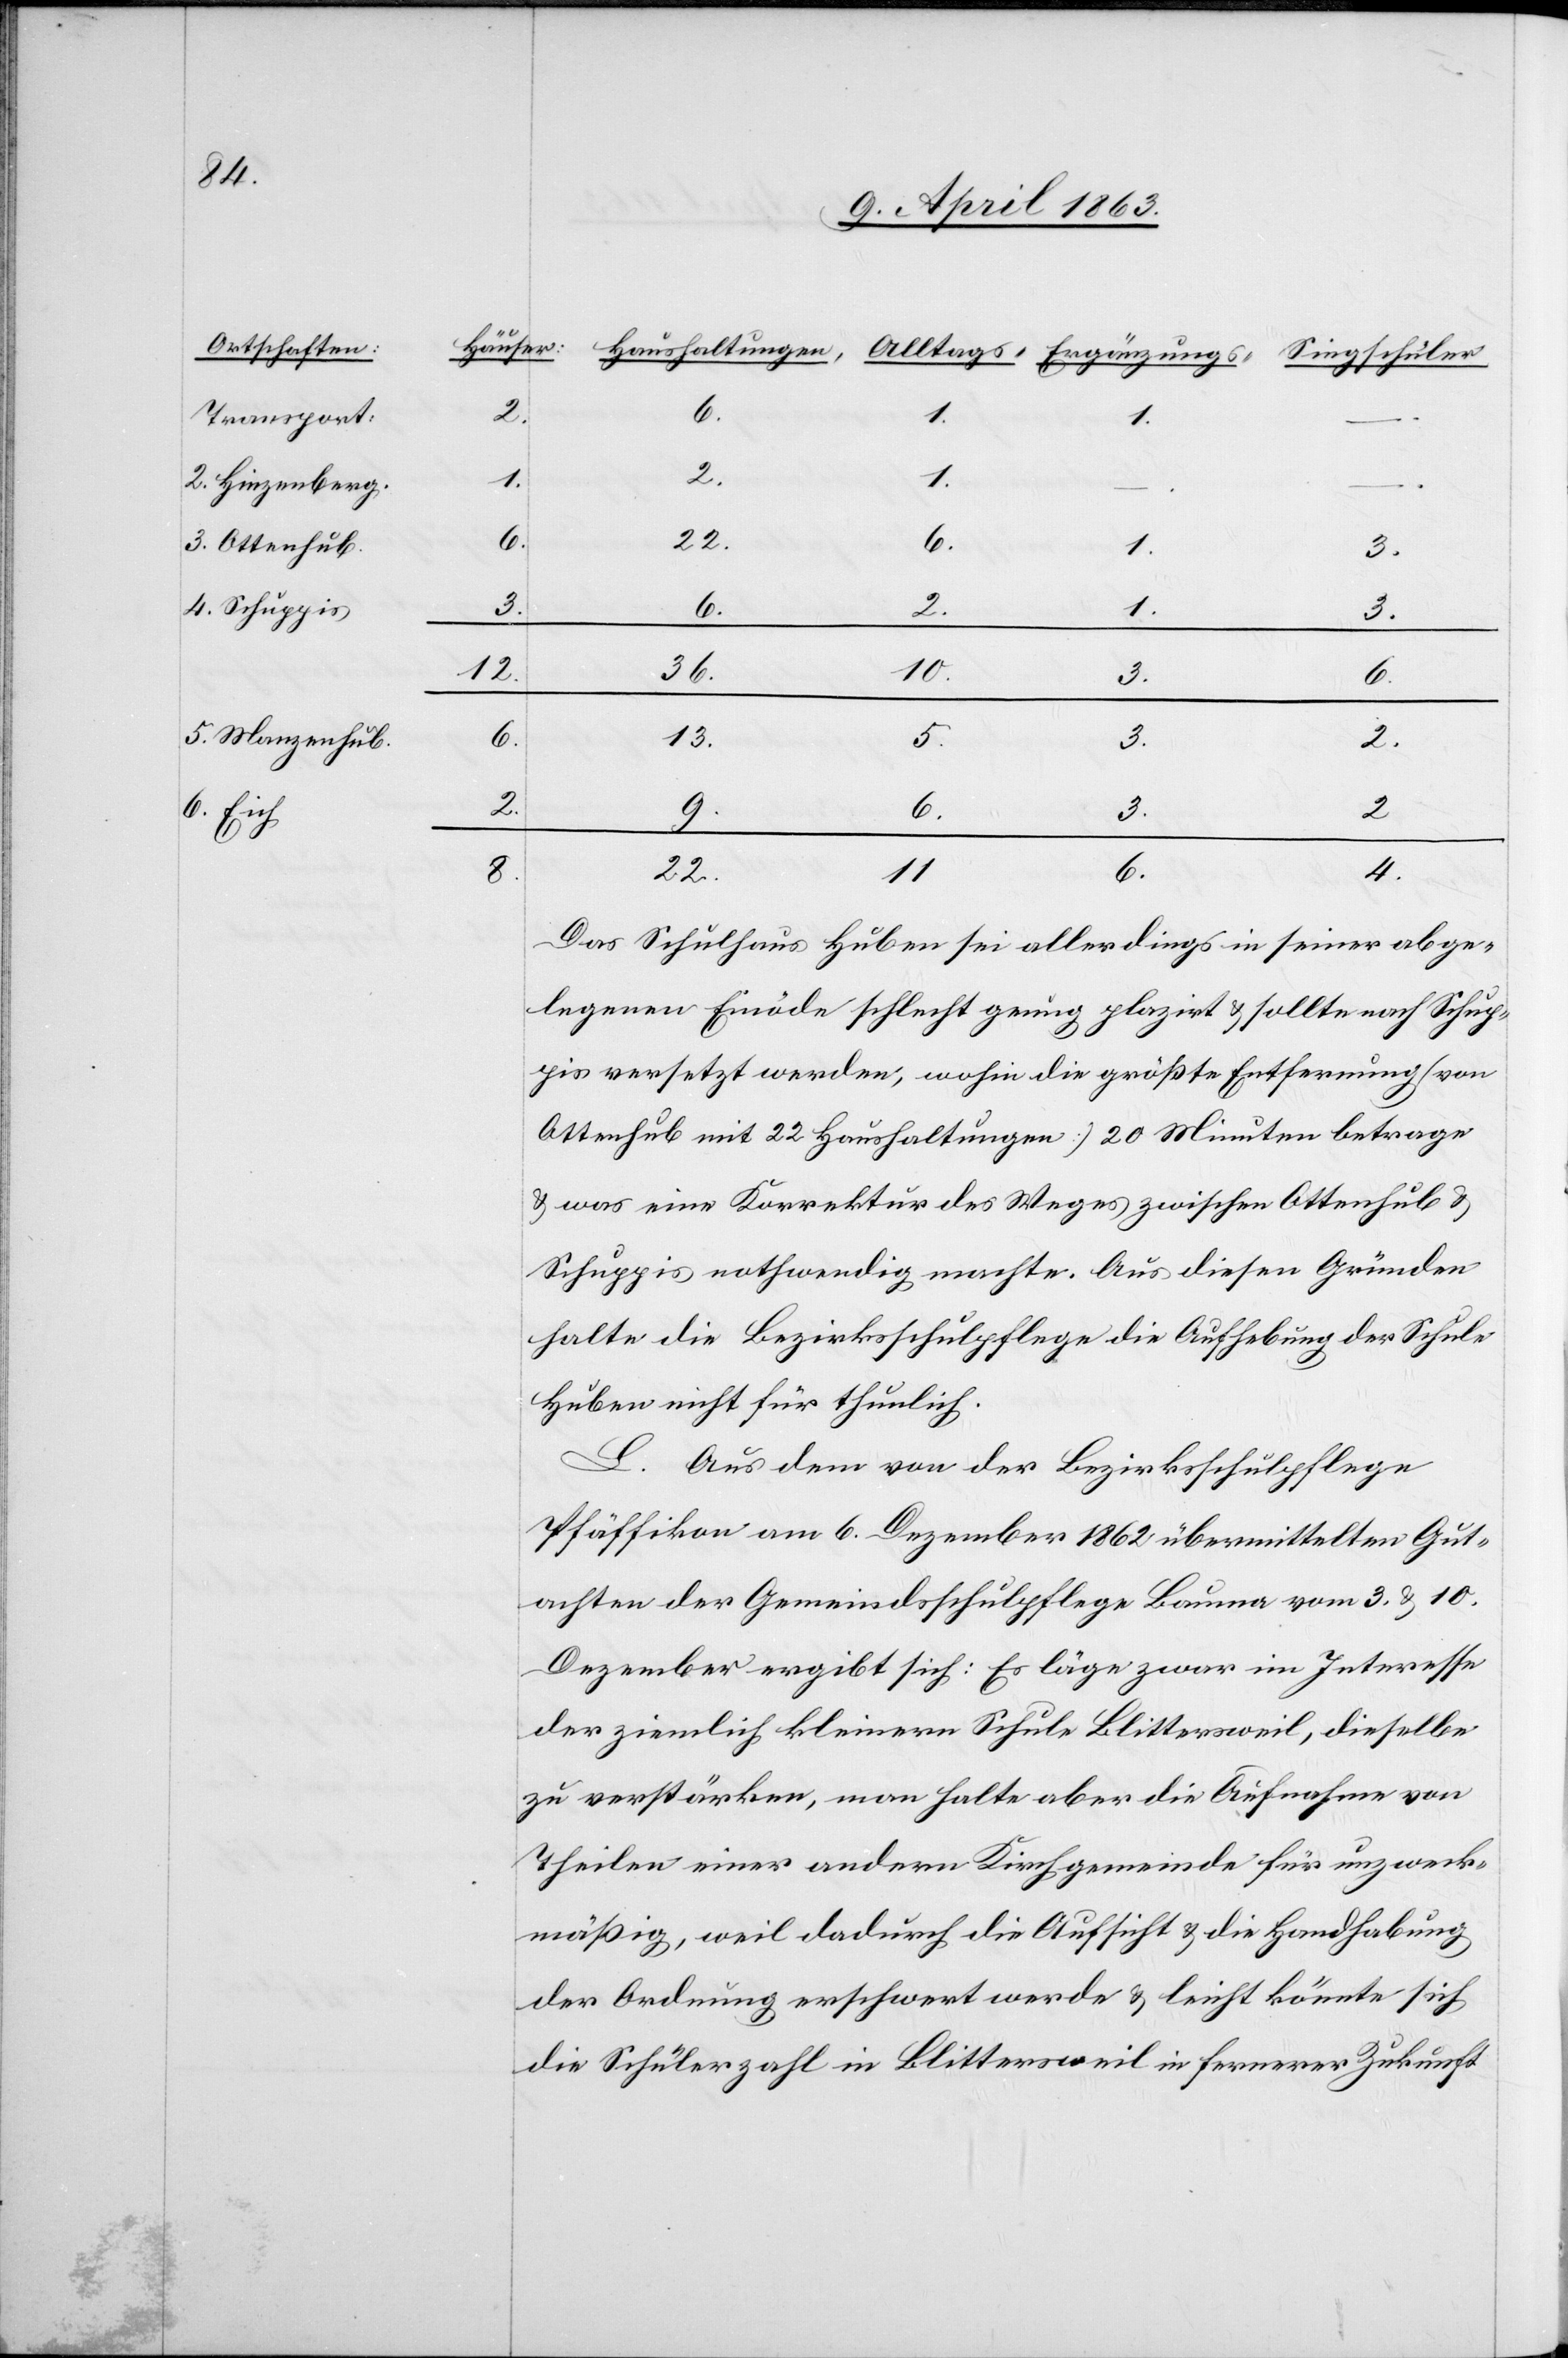
Transport:
2. Hinzenberg.
3. Ottenhub
4. Schuppis
5. Manzenhub.
6. Eich

2.
6.
1.
1.
–.
1.
3.
2.
9.
3.
12.
10.
36.
3.
6.
13.
5.
3.
2.
2
8.
22.
6.
4.
11
Das Schulhaus Huben sei allerdings in seiner abge¬
legenen Einöde schlecht genug plazirt & sollte nach Schup¬
pis versetzt werden, wohin die größte Entfernung (von
Ottenhub mit 22 Haushaltungen) 20 Minuten betrage
& was eine Korrektur des Weges zwischen Ottenhub &
Schuppis nothwendig machte. Aus diesen Gründen
halte die Bezirksschulpflege die Aufhebung der Schule
Huben nicht für thunlich.
L. Aus dem von der Bezirksschulpflege
Pfäffikon am 6. Dezember 1862 übermittelten Gut¬
achten der Gemeindsschulpflege Bauma vom 3. & 10.
Dezember ergibt sich: Es läge zwar im Interesse
der ziemlich kleinern Schule Blittersweil, dieselbe
zu verstärken, man halte aber die Aufnahme von
Theilen einer andern Kirchgemeinde für unzweck¬
mäßig, weil dadurch die Aufsicht & die Handhabung
der Ordnung erschwert werde & leicht könnte sich
die Schülerzahl in Blittersweil in fernerer Zukunft